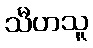
သီဟသူ